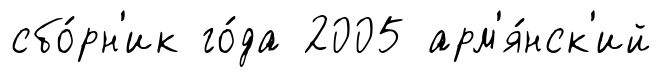
сбо́рн'ик го́да 2005 арм'я́нск'ий